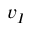
v _ { I }